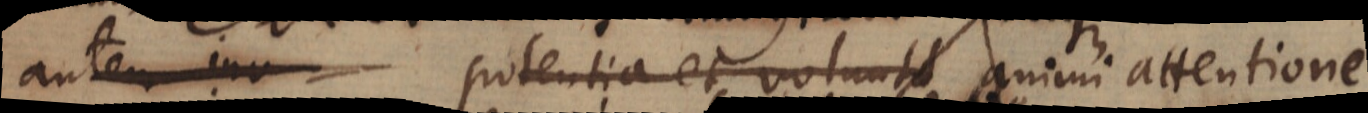
autem inv potentia et voluntate animi attentione